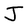
Character: J